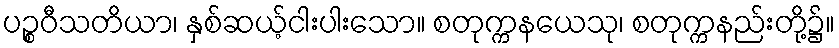
ပဉ္စဝီသတိယာ၊ နှစ်ဆယ့်ငါးပါးသော။ စတုက္ကနယေသု၊ စတုက္ကနည်းတို့၌။